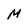
Character: M